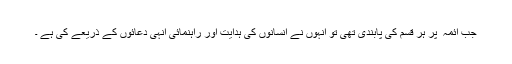
جب آئمہ ؑ پر ہر قسم کی پابندی تھی تو انہوں نے انسانوں کی ہدایت اور راہنمائی انہی دعائوں کے ذریعے کی ہے ۔